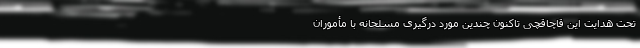
تحت هدایت این قاچاقچی تاکنون چندین مورد درگیری مسلحانه با مأموران